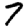
Digit: 7